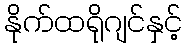
နိုက်ထရိုဂျင်နှင့်